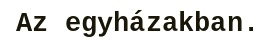
Az egyházakban.